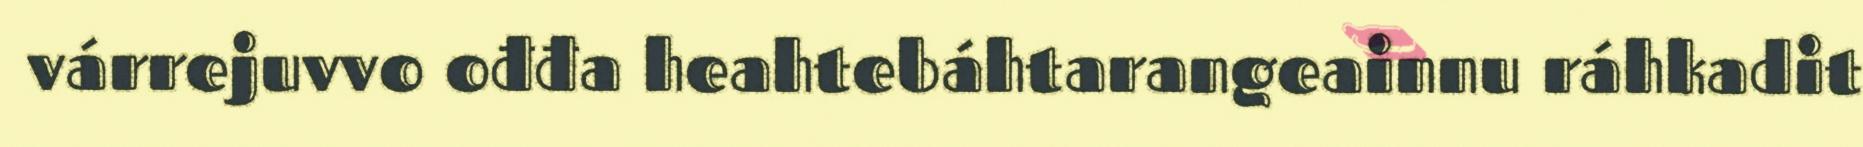
várrejuvvo ođđa heahtebáhtarangeainnu ráhkadit